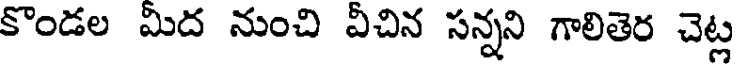
కొండల మిద నుంచి వీచిన సన్నని గాలితెర చెట్ల